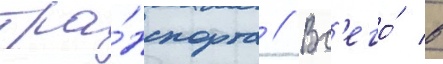
тра́нспорта // Вс'его́ в